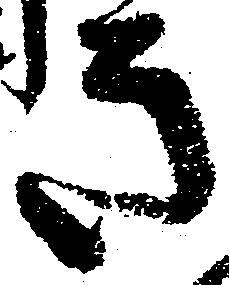
き